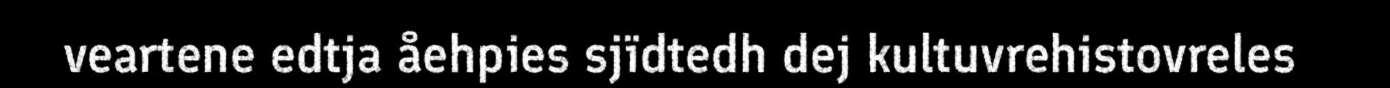
veartene edtja åehpies sjïdtedh dej kultuvrehistovreles